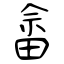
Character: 畲